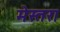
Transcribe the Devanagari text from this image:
मेस्तरा